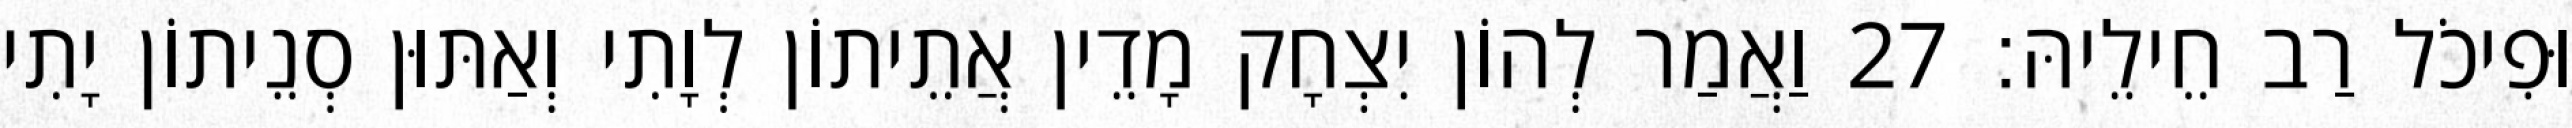
וּפִיכֹל רַב חֵילֵיהּ׃ 27 וַאֲמַר לְהוֹן יִצְחָק מָדֵין אֲתֵיתוֹן לְוָתִי וְאַתּוּן סְנֵיתוֹן יָתִי